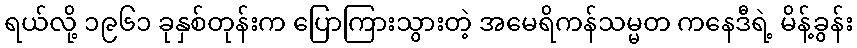
ရယ်လို့ ၁၉၆၁ ခုနှစ်တုန်းက ပြောကြားသွားတဲ့ အမေရိကန်သမ္မတ ကနေဒီရဲ့ မိန့်ခွန်း